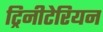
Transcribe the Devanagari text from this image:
ट्रिनीटेरियन